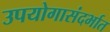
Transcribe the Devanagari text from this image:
उपयोगासंदर्भात